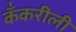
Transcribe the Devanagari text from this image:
कँकरीली